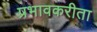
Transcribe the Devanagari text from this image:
प्रभावकरीता